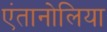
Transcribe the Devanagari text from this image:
एंतानोलिया